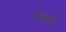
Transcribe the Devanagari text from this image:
खाध